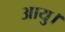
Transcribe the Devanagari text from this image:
आयु।